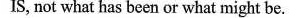
IS, not what has been or what might be.